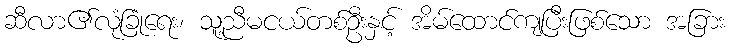
ဆီလာ၏လုံခြုံရေး၊ သူ့ညီမငယ်တစ်ဦးနှင့် အိမ်ထောင်ကျပြီးဖြစ်သော အခြား